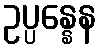
ဥပ္ပန္နေန